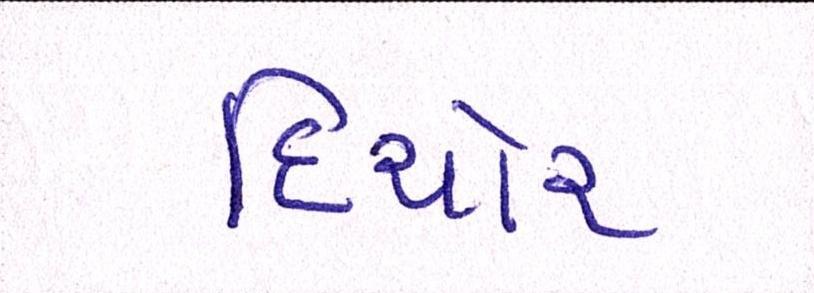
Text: દિયોરા